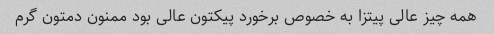
همه چیز عالی پیتزا به خصوص برخورد پیکتون عالی بود ممنون دمتون گرم